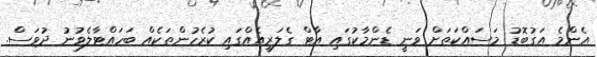
އެންމެ އަގުބޮޑު މަސައްކަތަށް ވަނީ ޑެންމާކުގައި އާޓް ގެލަރީއެއްގައި ކުރެހުންތަކެއް ބަހައްޓާލެވުނު ދުވަސް.